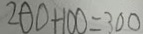
2 0 0 + 1 0 0 = 3 0 0